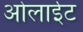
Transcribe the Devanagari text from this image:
ओलाईट